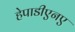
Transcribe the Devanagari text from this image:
हेपाडीएनए